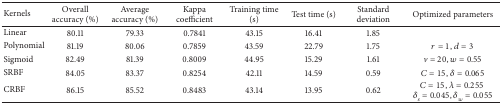
<table><thead><tr><td><b>Kernels</b></td><td><b>Overall accuracy (%)</b></td><td><b>Average accuracy (%)</b></td><td><b>Kappa coefficient</b></td><td><b>Training time (s)</b></td><td><b>Test time (s)</b></td><td><b>Standard deviation</b></td><td><b>Optimized parameters</b></td></tr></thead><tbody><tr><td>Linear</td><td>80.11</td><td>79.33</td><td>0.7841</td><td>43.15</td><td>16.41</td><td>1.85</td><td> </td></tr><tr><td>Polynomial</td><td>81.19</td><td>80.06</td><td>0.7859</td><td>43.59</td><td>22.79</td><td>1.75</td><td><i>r</i> = 1, <i>d</i> = 3</td></tr><tr><td>Sigmoid</td><td>82.49</td><td>81.39</td><td>0.8009</td><td>44.95</td><td>15.29</td><td>1.61</td><td><i>v</i> = 20, <i>w</i> = 0.55</td></tr><tr><td>SRBF</td><td>84.05</td><td>83.37</td><td>0.8254</td><td>42.11</td><td>14.59</td><td>0.59</td><td><i>C</i> = 15, <i>δ</i> = 0.065</td></tr><tr><td>CRBF</td><td>86.15</td><td>85.52</td><td>0.8483</td><td>43.14</td><td>13.95</td><td>0.62</td><td><i>C</i> = 15, <i>λ</i> = 0.255 <i>δ</i><sub><i>s</i></sub> = 0.045, <i>δ</i><sub><i>w</i></sub> = 0.055</td></tr></tbody></table>